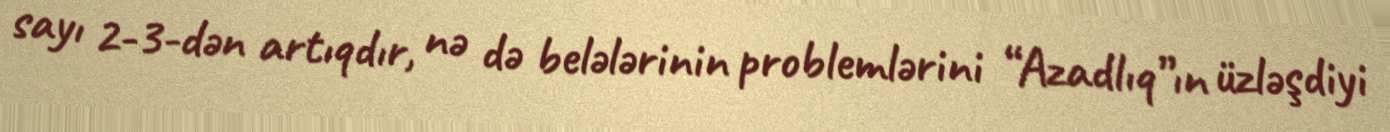
sayı 2-3-dən artıqdır, nə də belələrinin problemlərini “Azadlıq”ın üzləşdiyi